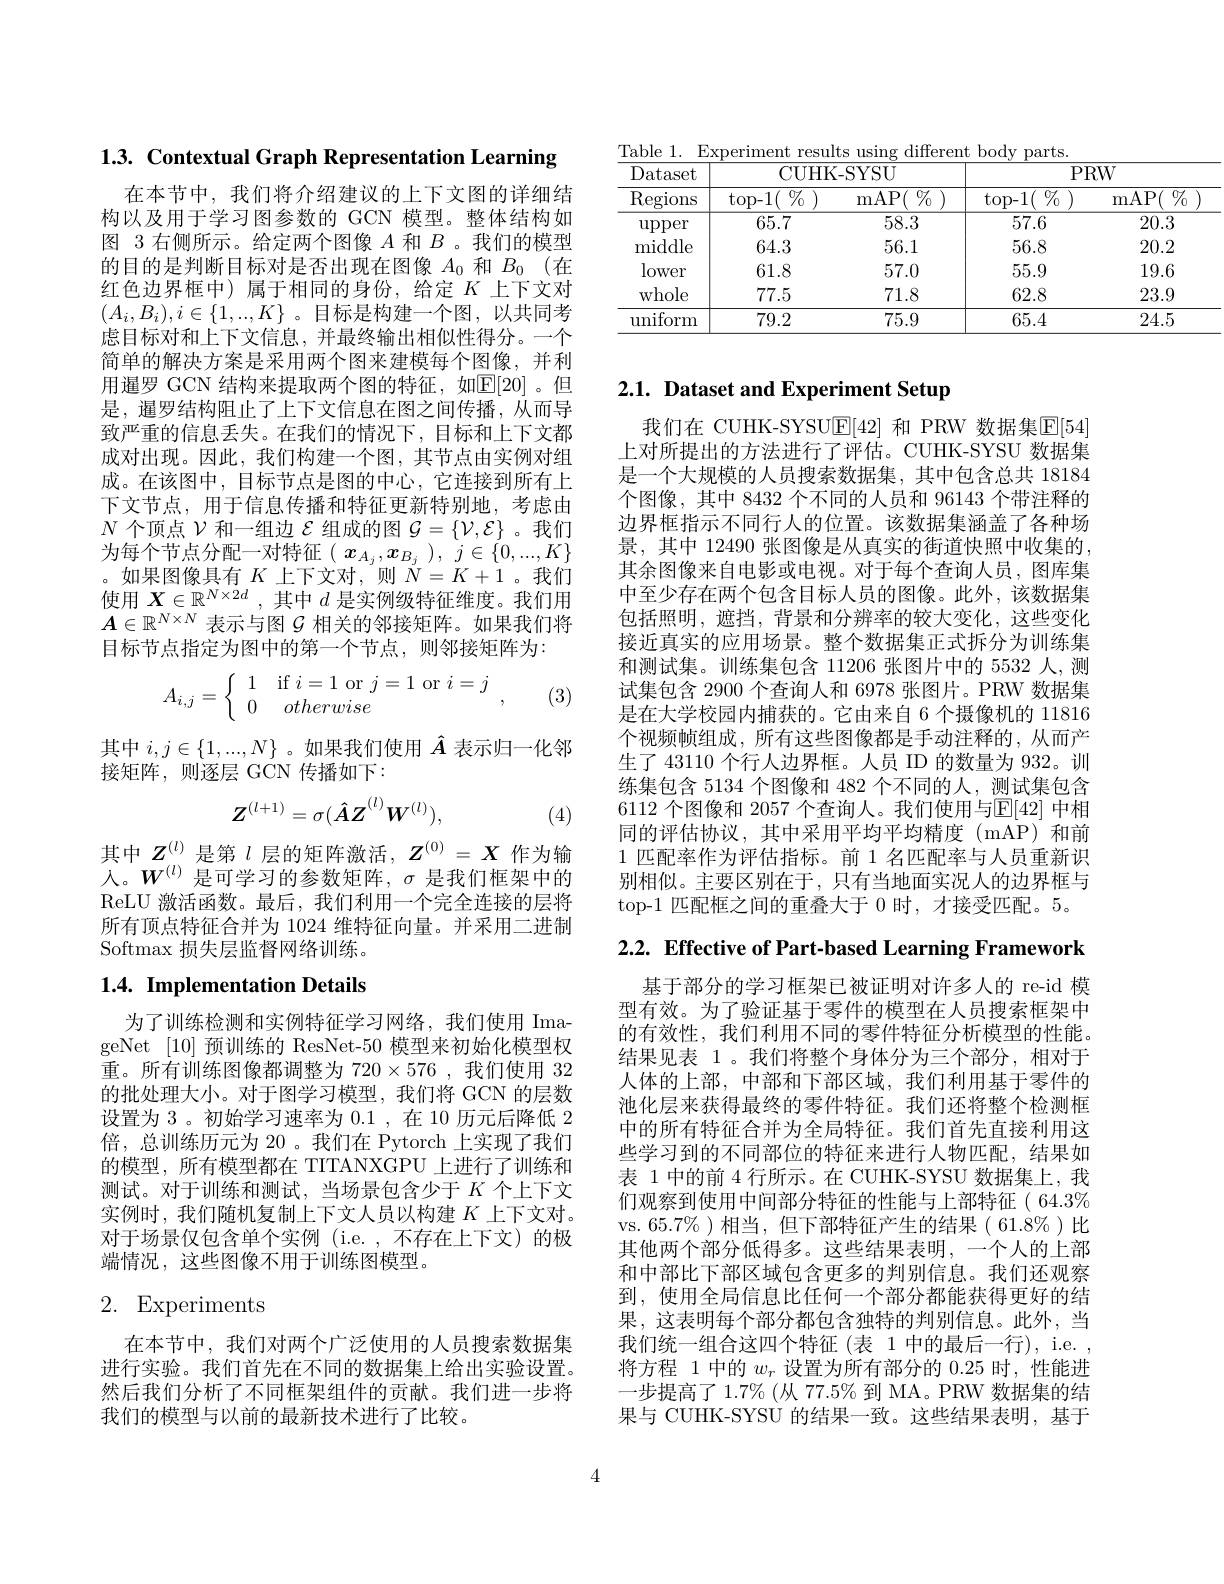
1.3. Contextual Graph Representation Learning

在本节中，我们将介绍建议的上下文图的详细结构以及用于学习图参数的 GCN 模型。整体结构如图 3 右侧所示。给定两个图像$A$和$B$ 。我们的模型的目的是判断目标对是否出现在图像$A_0$和$B_0$ (在红色边界框中)属于相同的身份，给定$K$上下文对$(A_i,B_i),i\in\{1,..,K\}$ 。目标是构建一个图，以共同考虑目标对和上下文信息，并最终输出相似性得分。一个简单的解决方案是采用两个图来建模每个图像，并利用暹罗 GCN 结构来提取两个图的特征，如$\mathbb{E}[20]$。但是，暹罗结构阻止了上下文信息在图之间传播，从而导致严重的信息丢失。在我们的情况下，目标和上下文都成对出现。因此，我们构建一个图，其节点由实例对组成。在该图中，目标节点是图的中心，它连接到所有上下文节点，用于信息传播和特征更新特别地，考虑由$N$个顶点$\mathcal{V}$和一组边$\mathcal{E}$组成的图$\mathcal{G}=\{\mathcal{V},\mathcal{E}\}$ 。我们为每个节点分配一对特征($\left(\begin{array}{c}x_{A_j},\boldsymbol{x}_{B_j}\end{array}\right),\begin{array}{c}j\in\{0,\ldots,K\}\\\end{array}$ 。如果图像具有$K$上下文对，则$\bar{N}=K+1$ 。我们使用$X\in\mathbb{R}^{N\times2d}$ ,其中$d$是实例级特征维度。我们用$A\in\mathbb{R}^{N\times N}$表示与图$\mathcal{G}$相关的邻接矩阵。如果我们将目标节点指定为图中的第一个节点，则邻接矩阵为：
$$A_{i,j}=\left\{\begin{array}{cc}1&\text{if}i=1\text{or}j=1\text{or}i=j\\0&otherwise\end{array}\right.,$$
(3)

其中$i,j\in\{1,...,N\}$ 。如果我们使用$\hat{A}$表示归一化邻
接矩阵，则逐层 GCN 传播如下：
$$Z^{(l+1)}=\sigma(\hat{A}Z^{(l)}W^{(l)}),$$
(4)

其中$Z_{(n)}^{(l)}$是第$l$层的矩阵激活，$Z^{(0)}=X$作为输人。$W^{(l)}$是可学习的参数矩阵，$\sigma$是我们框架中的ReLU 激活函数。最后，我们利用一个完全连接的层将所有顶点特征合并为 1024 维特征向量。并采用二进制Softmax 损失层监督网络训练。

# $1. 4. \textbf{Implementation Details}$

为了训练检测和实例特征学习网络，我们使用 ImageNet [10]预训练的 ResNet-50 模型来初始化模型权重。所有训练图像都调整为$720\times576$ ,我们使用 32的批处理大小。对于图学习模型，我们将 GCN 的层数设置为 3 。初始学习速率为0.1 ,在 10 历元后降低 2倍，总训练历元为 20 。我们在 Pytorch 上实现了我们的模型，所有模型都在 TITANXGPU 上进行了训练和测试。对于训练和测试，当场景包含少于$K$个上下文实例时，我们随机复制上下文人员以构建$K$上下文对。对于场景仅包含单个实例(i.e.,不存在上下文)的极端情况，这些图像不用于训练图模型。

# 2. Experiments

在本节中，我们对两个广泛使用的人员搜索数据集进行实验。我们首先在不同的数据集上给出实验设置。然后我们分析了不同框架组件的贡献。我们进一步将我们的模型与以前的最新技术进行了比较。

Table 1. Experiment results using different body
<table>
	<tbody>
		<tr>
			<th rowspan="2">Dataset $\operatorname{Regions}$</th>
			<th colspan="2">CUHK-SYSU</th>
			<th colspan="2">$PRW$</th>
		</tr>
		<tr>
			<th>$\%$ top- 1( </th>
			<th>${\overline{{\mathrm{mAP}(\begin{array}{c}{\%}\\{\%}\end{array})}}}$</th>
			<th>$\%$ $\operatorname{top-1}($</th>
			<th>${\overline{{\mathrm{mAP}(\begin{array}{c}{0}{\%}\end{array})}}}$ </th>
		</tr>
		<tr>
			<td>$\operatorname{upper}$</td>
			<td>65.7</td>
			<td>58.3</td>
			<td>57.6</td>
			<td>20.3</td>
		</tr>
		<tr>
			<td>middle</td>
			<td>64.3</td>
			<td>56.1</td>
			<td>56.8</td>
			<td>20.2</td>
		</tr>
		<tr>
			<td>lower</td>
			<td>61.8</td>
			<td>57.0</td>
			<td>55.9</td>
			<td>19.6</td>
		</tr>
		<tr>
			<td>whole</td>
			<td>77.5</td>
			<td>71.8</td>
			<td>62.8</td>
			<td>23.9</td>
		</tr>
		<tr>
			<td>uniform</td>
			<td>79.2</td>
			<td>75.9</td>
			<td>65.4</td>
			<td>24.5</td>
		</tr>
	</tbody>
</table>

# 2.1. Dataset and Experiment Setup

我们在 CUHK-SYSU$\boxed{\mathrm{E}}[42]$ 和 PRW 数据集$\boxed{\mathrm{E}}[54]$ 上对所提出的方法进行了评估。CUHK-SYSU 数据集是一个大规模的人员搜索数据集，其中包含总共 18184个图像，其中 8432 个不同的人员和 96143 个带注释的边界框指示不同行人的位置。该数据集涵盖了各种场景，其中 12490 张图像是从真实的街道快照中收集的， 其余图像来自电影或电视。对于每个查询人员，图库集中至少存在两个包含目标人员的图像。此外，该数据集包括照明，遮挡，背景和分辨率的较大变化，这些变化接近真实的应用场景。整个数据集正式拆分为训练集和测试集。训练集包含 11206 张图片中的 5532 人，测试集包含 2900 个查询人和 6978 张图片。PRW 数据集是在大学校园内捕获的。它由来自 6 个摄像机的 11816个视频帧组成，所有这些图像都是手动注释的，从而产生了 43110 个行人边界框。人员 ID 的数量为 932。训练集包含 5134 个图像和 482 个不同的人，测试集包含6112 个图像和 2057 个查询人。我们使用与$\mathbb{E}[42]$ 中相同的评估协议，其中采用平均平均精度(mAP)和前1 匹配率作为评估指标。前 1 名匹配率与人员重新识别相似。主要区别在于，只有当地面实况人的边界框与top-1 匹配框之间的重叠大于 0 时，才接受匹配。5。

$2. 2. \textbf{ Effective of Part- based Learning Framework}$

基于部分的学习框架已被证明对许多人的 re-id 模型有效。为了验证基于零件的模型在人员搜索框架中的有效性，我们利用不同的零件特征分析模型的性能。结果见表 1。我们将整个身体分为三个部分，相对于人体的上部，中部和下部区域，我们利用基于零件的池化层来获得最终的零件特征。我们还将整个检测框中的所有特征合并为全局特征。我们首先直接利用这些学习到的不同部位的特征来进行人物匹配，结果如表 1 中的前 4 行所示。在 CUHK-SYSU 数据集上，我们观察到使用中间部分特征的性能与上部特征(64.3$\%$ vs.65.7%)相当，但下部特征产生的结果(61.8$\%)比$ 其他两个部分低得多。这些结果表明，一个人的上部和中部比下部区域包含更多的判别信息。我们还观察到，使用全局信息比任何一个部分都能获得更好的结果，这表明每个部分都包含独特的判别信息。此外，当我们统一组合这四个特征 (表 1 中的最后一行), i.e. , 将方程 1 中的$w_r$设置为所有部分的 0.25 时，性能进一步提高了 1.7% (从 77.5% 到 MA。PRW 数据集的结果与 CUHK-SYSU 的结果一致。这些结果表明，基于

4